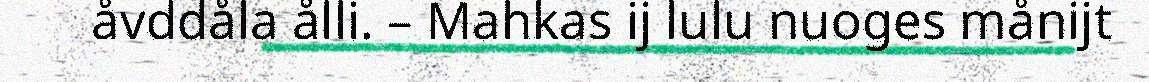
åvddåla ålli. – Mahkas ij lulu nuoges månijt